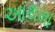
આથમા